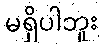
မရှိပါဘူး